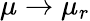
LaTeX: \mu\to\mu_{r}